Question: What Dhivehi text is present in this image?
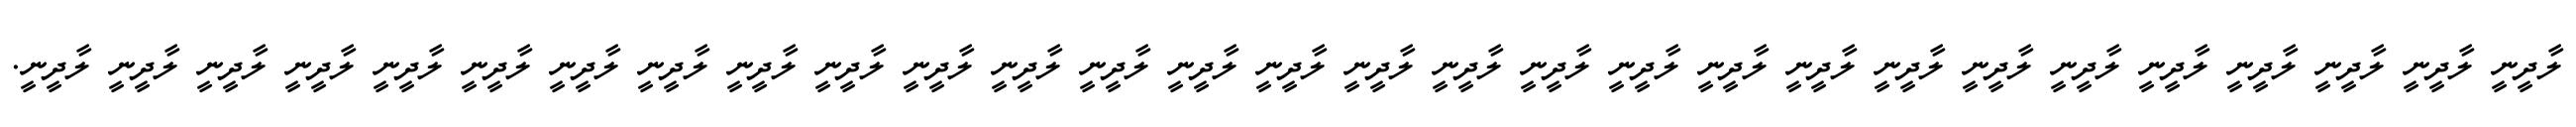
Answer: ލާދީނީ ލާދީނީ ލާދީނީ ލާދީނީ ލާދީނީ ލާދީނީ ލާދީނީ ލާދީނީ ލާދީނީ ލާދީނީ ލާދީނީ ލާދީނީ ލާދީނީ ލާދީނީ ލާދީނީ ލާދީނީ ލާދީނީ ލާދީނީ ލާދީނީ ލާދީނީ ލާދީނީ ލާދީނީ ލާދީނީ ލާދީނީ ލާދީނީ ލާދީނީ ލާދީނީ ލާދީނީ ލާދީނީ.